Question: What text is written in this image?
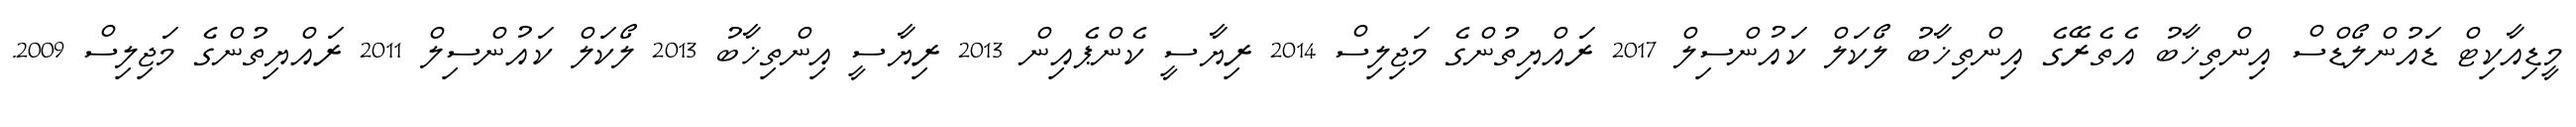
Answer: މީޑިއާކިޓް ޑައުންލޯޑްސް އިންތިޚާބު އެތެރޭގެ އިންތިޚާބު ލޯކަލް ކައުންސިލް 2017 ރައްޔިތުންގެ މަޖިލިސް 2014 ރިޔާސީ ކެންޕެއިން 2013 ރިޔާސީ އިންތިޚާބު 2013 ލޯކަލް ކައުންސިލް 2011 ރައްޔިތުންގެ މަޖިލިސް 2009.